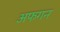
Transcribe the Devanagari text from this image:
अफगन